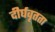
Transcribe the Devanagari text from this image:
दीर्घवृतता